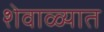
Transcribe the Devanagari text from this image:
शेवाळ्यात